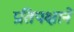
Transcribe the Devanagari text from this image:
प्रतिपक्षाने